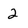
Character: 2